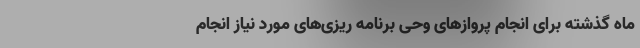
ماه گذشته برای انجام پروازهای وحی برنامه ریزی‌های مورد نیاز انجام